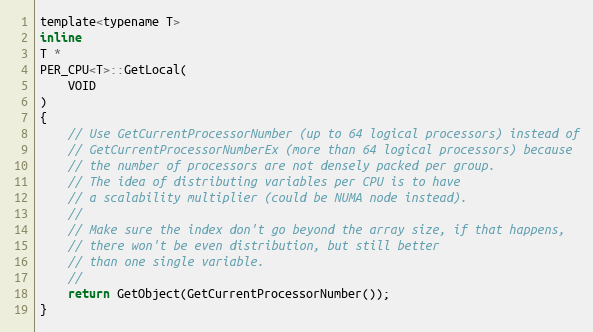
Language: C
template<typename T>
inline
T *
PER_CPU<T>::GetLocal(
    VOID
)
{
    // Use GetCurrentProcessorNumber (up to 64 logical processors) instead of
    // GetCurrentProcessorNumberEx (more than 64 logical processors) because
    // the number of processors are not densely packed per group.
    // The idea of distributing variables per CPU is to have
    // a scalability multiplier (could be NUMA node instead).
    //
    // Make sure the index don't go beyond the array size, if that happens,
    // there won't be even distribution, but still better
    // than one single variable.
    //
    return GetObject(GetCurrentProcessorNumber());
}